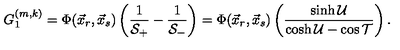
G _ { 1 } ^ { ( m , k ) } = \Phi ( \vec { x } _ { r } , \vec { x } _ { s } ) \left( \frac { 1 } { \mathcal { S } _ { + } } - \frac { 1 } { \mathcal { S } _ { - } } \right) = \Phi ( \vec { x } _ { r } , \vec { x } _ { s } ) \left( \frac { \sinh \mathcal { U } } { \cosh \mathcal { U } - \cos \mathcal { T } } \right) .